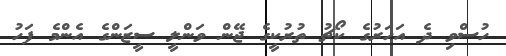
ހުސްވި ދެ އަހަރުގެ ކޯޗު ތުރުކީގެ ޖޭން ވަންލީ ސީޒަންގެ އެންމެ ފަހު